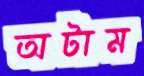
অটাম